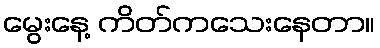
မွေးနေ့ ကိတ်ကသေးနေတာ။